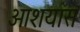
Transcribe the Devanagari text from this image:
आशयास